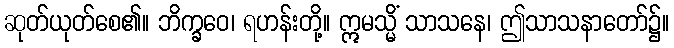
ဆုတ်ယုတ်စေ၏။ ဘိက္ခဝေ၊ ရဟန်းတို့။ ဣမသ္မိံ သာသနေ၊ ဤသာသနာတော်၌။